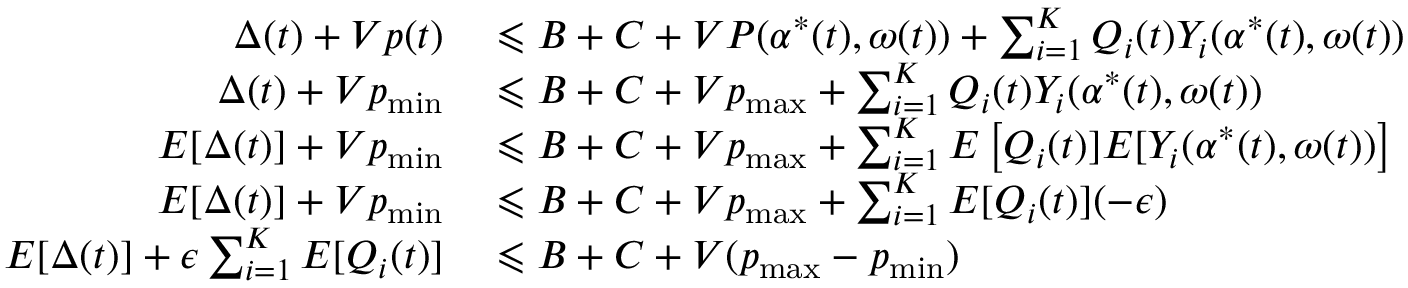
\begin{array} { r l r l } { \Delta ( t ) + V p ( t ) } & { { } \leqslant B + C + V P ( \alpha ^ { * } ( t ) , \omega ( t ) ) + \sum _ { i = 1 } ^ { K } Q _ { i } ( t ) Y _ { i } ( \alpha ^ { * } ( t ) , \omega ( t ) ) } \\ { \Delta ( t ) + V p _ { \operatorname* { m i n } } } & { { } \leqslant B + C + V p _ { \operatorname* { m a x } } + \sum _ { i = 1 } ^ { K } Q _ { i } ( t ) Y _ { i } ( \alpha ^ { * } ( t ) , \omega ( t ) ) } & { } & { { } { \mathrm { a s s u m e ~ } } p _ { \operatorname* { m i n } } \leqslant P \leqslant p _ { \operatorname* { m a x } } } \\ { E [ \Delta ( t ) ] + V p _ { \operatorname* { m i n } } } & { { } \leqslant B + C + V p _ { \operatorname* { m a x } } + \sum _ { i = 1 } ^ { K } E \left[ Q _ { i } ( t ) ] E [ Y _ { i } ( \alpha ^ { * } ( t ) , \omega ( t ) ) \right] } & { } & { { } { \mathrm { t a k i n g ~ e x p e c t a t i o n } } } \\ { E [ \Delta ( t ) ] + V p _ { \operatorname* { m i n } } } & { { } \leqslant B + C + V p _ { \operatorname* { m a x } } + \sum _ { i = 1 } ^ { K } E [ Q _ { i } ( t ) ] ( - \epsilon ) } & { } & { { } { \mathrm { U s i n g ~ ( E q . ~ 5 ) } } } \\ { E [ \Delta ( t ) ] + \epsilon \sum _ { i = 1 } ^ { K } E [ Q _ { i } ( t ) ] } & { { } \leqslant B + C + V ( p _ { \operatorname* { m a x } } - p _ { \operatorname* { m i n } } ) } \end{array}